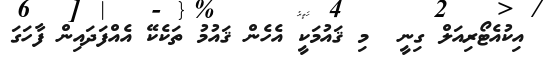
އިކުއެޓޯރިއަލް ގިނީ  މި ޤައުމަކީ އެހެން ޤައުމު ތަކެކޭ އެއްފަދައިން ފާހަގަ